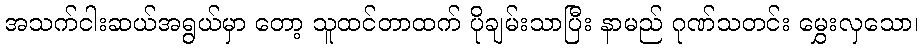
အသက်ငါးဆယ်အရွယ်မှာ တော့ သူထင်တာထက် ပိုချမ်းသာပြီး နာမည် ဂုဏ်သတင်း မွှေးလှသော၊